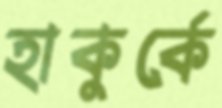
হাকুর্কে